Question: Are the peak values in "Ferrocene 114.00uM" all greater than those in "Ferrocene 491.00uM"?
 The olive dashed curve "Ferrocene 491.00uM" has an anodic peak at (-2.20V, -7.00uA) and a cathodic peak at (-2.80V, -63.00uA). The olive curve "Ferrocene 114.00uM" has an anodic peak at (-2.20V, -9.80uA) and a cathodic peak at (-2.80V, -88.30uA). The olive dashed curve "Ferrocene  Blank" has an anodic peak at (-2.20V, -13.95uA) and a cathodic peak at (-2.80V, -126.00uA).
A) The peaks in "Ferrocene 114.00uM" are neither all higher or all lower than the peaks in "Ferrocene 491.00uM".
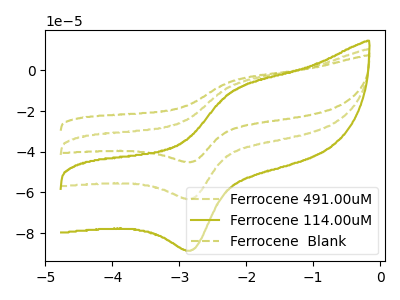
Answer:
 <answer>A) The peaks in "Ferrocene 114.00uM" are neither all higher or all lower than the peaks in "Ferrocene 491.00uM".</answer>
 <eval>A</eval>